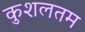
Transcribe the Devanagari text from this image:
कुशलतम